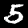
Digit: 5